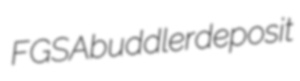
FGSA buddler deposit